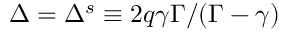
\Delta = \Delta ^ { s } \equiv 2 q \gamma \Gamma / ( \Gamma - \gamma )